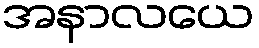
အနာလယေ